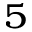
^ { 5 }